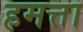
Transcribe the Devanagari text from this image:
हमत्ता